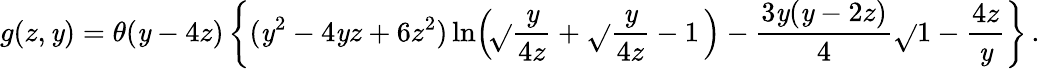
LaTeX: g(z,\mathit{y})=\theta(\mathit{y}-4z)\left\{ (\mathit{y}^{2}-4\mathit{y}z+6z^{2})\ln\! \left(\! \sqrt{}{{\frac{{\mathit{y}}}{{4z}}}}+\sqrt{}{{\frac{{\mathit{y}}}{{4z}}-1}}\, \right)-\frac{{3\mathit{y}(\mathit{y}-2z)}}{{4}}\sqrt{}{{1-\frac{{4z}}{{\mathit{y}}}}}\right\} \, .